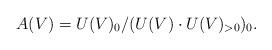
LaTeX: \begin{align*}A(V) = U(V)_0 / (U(V) \cdot U(V)_{>0})_0.\end{align*}